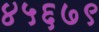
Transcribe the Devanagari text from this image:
४५६७९